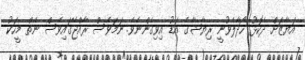
އަޔާޒަށް ދެކޮޅު ހޯދާލެވުނީ ރިޔާޝާގެ އަޑު އިވިގެންނެވެ. ނަމަވެސް ރާއްޖޭގައިވެސް ނެތް މީހަކު